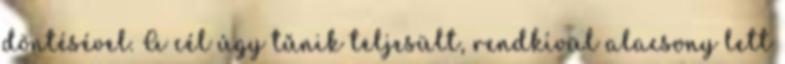
döntésével. A cél úgy tűnik teljesült, rendkívül alacsony lett